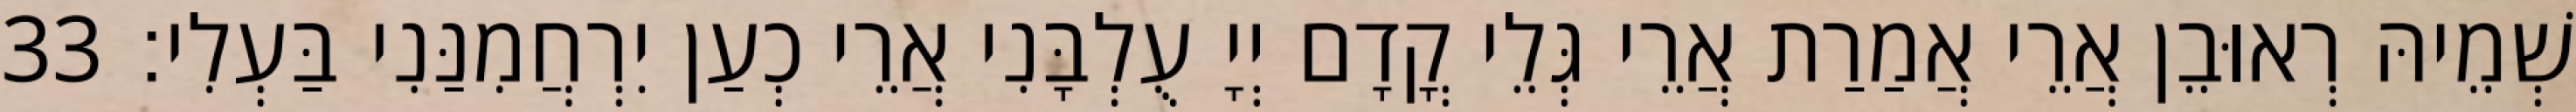
שְׁמֵיהּ רְאוּבֵן אֲרֵי אֲמַרַת אֲרֵי גְּלֵי קֳדָם יְיָ עֻלְבָּנִי אֲרֵי כְעַן יִרְחֲמִנַּנִי בַּעְלִי׃ 33